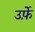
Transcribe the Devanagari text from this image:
उर्फ़े